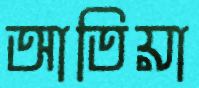
আতিয়া